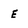
Character: E